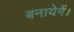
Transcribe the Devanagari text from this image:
बनायेगें।